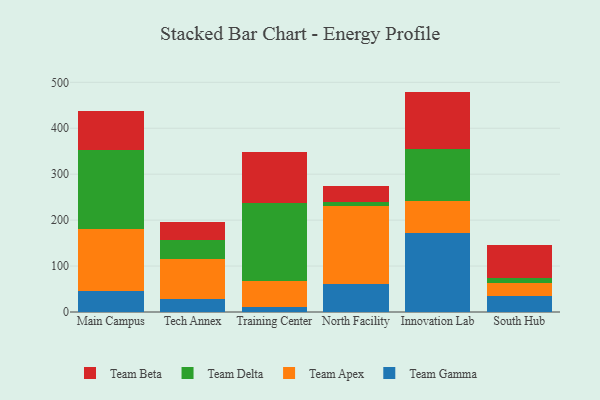
{"axis": {"x": "Campus", "y": "Satisfaction Score"}, "legend": ["Team Apex", "Team Beta", "Team Delta", "Team Gamma"], "data": [{"x": "Main Campus", "y": 45.1, "type": "Team Gamma"}, {"x": "Main Campus", "y": 136.0, "type": "Team Apex"}, {"x": "Main Campus", "y": 172.1, "type": "Team Delta"}, {"x": "Main Campus", "y": 84.7, "type": "Team Beta"}, {"x": "Tech Annex", "y": 28.5, "type": "Team Gamma"}, {"x": "Tech Annex", "y": 85.9, "type": "Team Apex"}, {"x": "Tech Annex", "y": 41.5, "type": "Team Delta"}, {"x": "Tech Annex", "y": 39.5, "type": "Team Beta"}, {"x": "Training Center", "y": 10.5, "type": "Team Gamma"}, {"x": "Training Center", "y": 56.0, "type": "Team Apex"}, {"x": "Training Center", "y": 171.5, "type": "Team Delta"}, {"x": "Training Center", "y": 110.7, "type": "Team Beta"}, {"x": "North Facility", "y": 61.3, "type": "Team Gamma"}, {"x": "North Facility", "y": 170.3, "type": "Team Apex"}, {"x": "North Facility", "y": 7.1, "type": "Team Delta"}, {"x": "North Facility", "y": 35.5, "type": "Team Beta"}, {"x": "Innovation Lab", "y": 171.1, "type": "Team Gamma"}, {"x": "Innovation Lab", "y": 71.3, "type": "Team Apex"}, {"x": "Innovation Lab", "y": 112.3, "type": "Team Delta"}, {"x": "Innovation Lab", "y": 125.1, "type": "Team Beta"}, {"x": "South Hub", "y": 34.2, "type": "Team Gamma"}, {"x": "South Hub", "y": 30.0, "type": "Team Apex"}, {"x": "South Hub", "y": 9.3, "type": "Team Delta"}, {"x": "South Hub", "y": 72.9, "type": "Team Beta"}]}